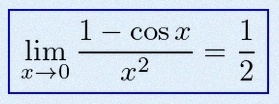
\lim_{x\to0}\frac{1-\cos x}{x^2}=\frac12